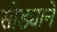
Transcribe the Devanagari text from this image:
सोड्याने